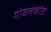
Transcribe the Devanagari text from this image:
गोवलकोंडा